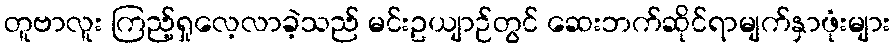
တူဗာလူး ကြည့်ရှုလေ့လာခဲ့သည် မင်းဥယျာဉ်တွင် ဆေးဘက်ဆိုင်ရာမျက်နှာဖုံးများ